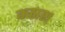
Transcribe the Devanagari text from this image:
कठारा